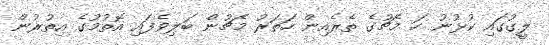
ލީގުގައި ކުޅުނު ހަ މެޗުގެ ތެރެއިން ހަތަރު މެޗުން ބަލިވެފައި އޮތުމުގެ އިތުރުން